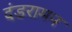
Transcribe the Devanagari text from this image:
दंडरामन